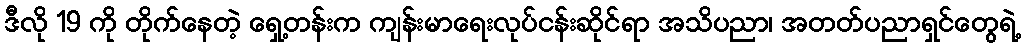
ဒီလို 19 ကို တိုက်နေတဲ့ ရှေ့တန်းက ကျန်းမာရေးလုပ်ငန်းဆိုင်ရာ အသိပညာ၊ အတတ်ပညာရှင်တွေရဲ့